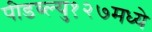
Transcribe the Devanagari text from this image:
पीडब्ल्यु१२७मध्ये